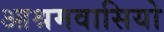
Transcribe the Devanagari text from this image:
आश्रमवासियो